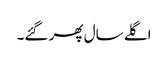
اگلے سال پھر گئے۔